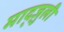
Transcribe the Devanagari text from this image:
माद्ज़ुली